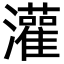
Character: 灌